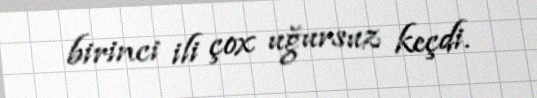
birinci ili çox uğursuz keçdi.